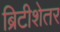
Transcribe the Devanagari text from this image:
ब्रिटीशेतर